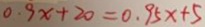
0 . 9 x + 2 0 = 0 . 9 5 x + 5